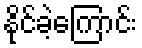
နိုင်ခဲ့ကြောင်း